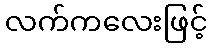
လက်ကလေးဖြင့်